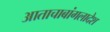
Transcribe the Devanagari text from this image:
आताचाबांगलादेश